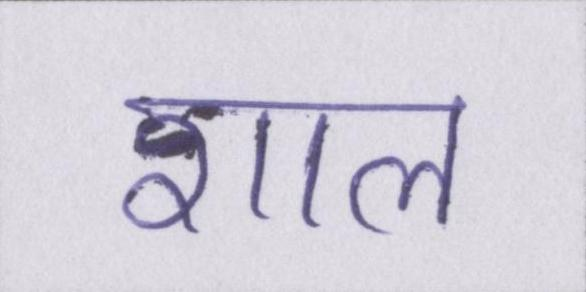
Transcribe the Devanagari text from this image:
शाल